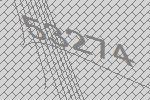
53274